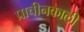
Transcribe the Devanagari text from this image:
प्राचीनकाली